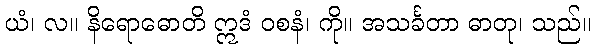
ယံ၊ လ။ နိရောဓောတိ ဣဒံ ဝစနံ၊ ကို။ အသင်္ခတာ ဓာတု၊ သည်။